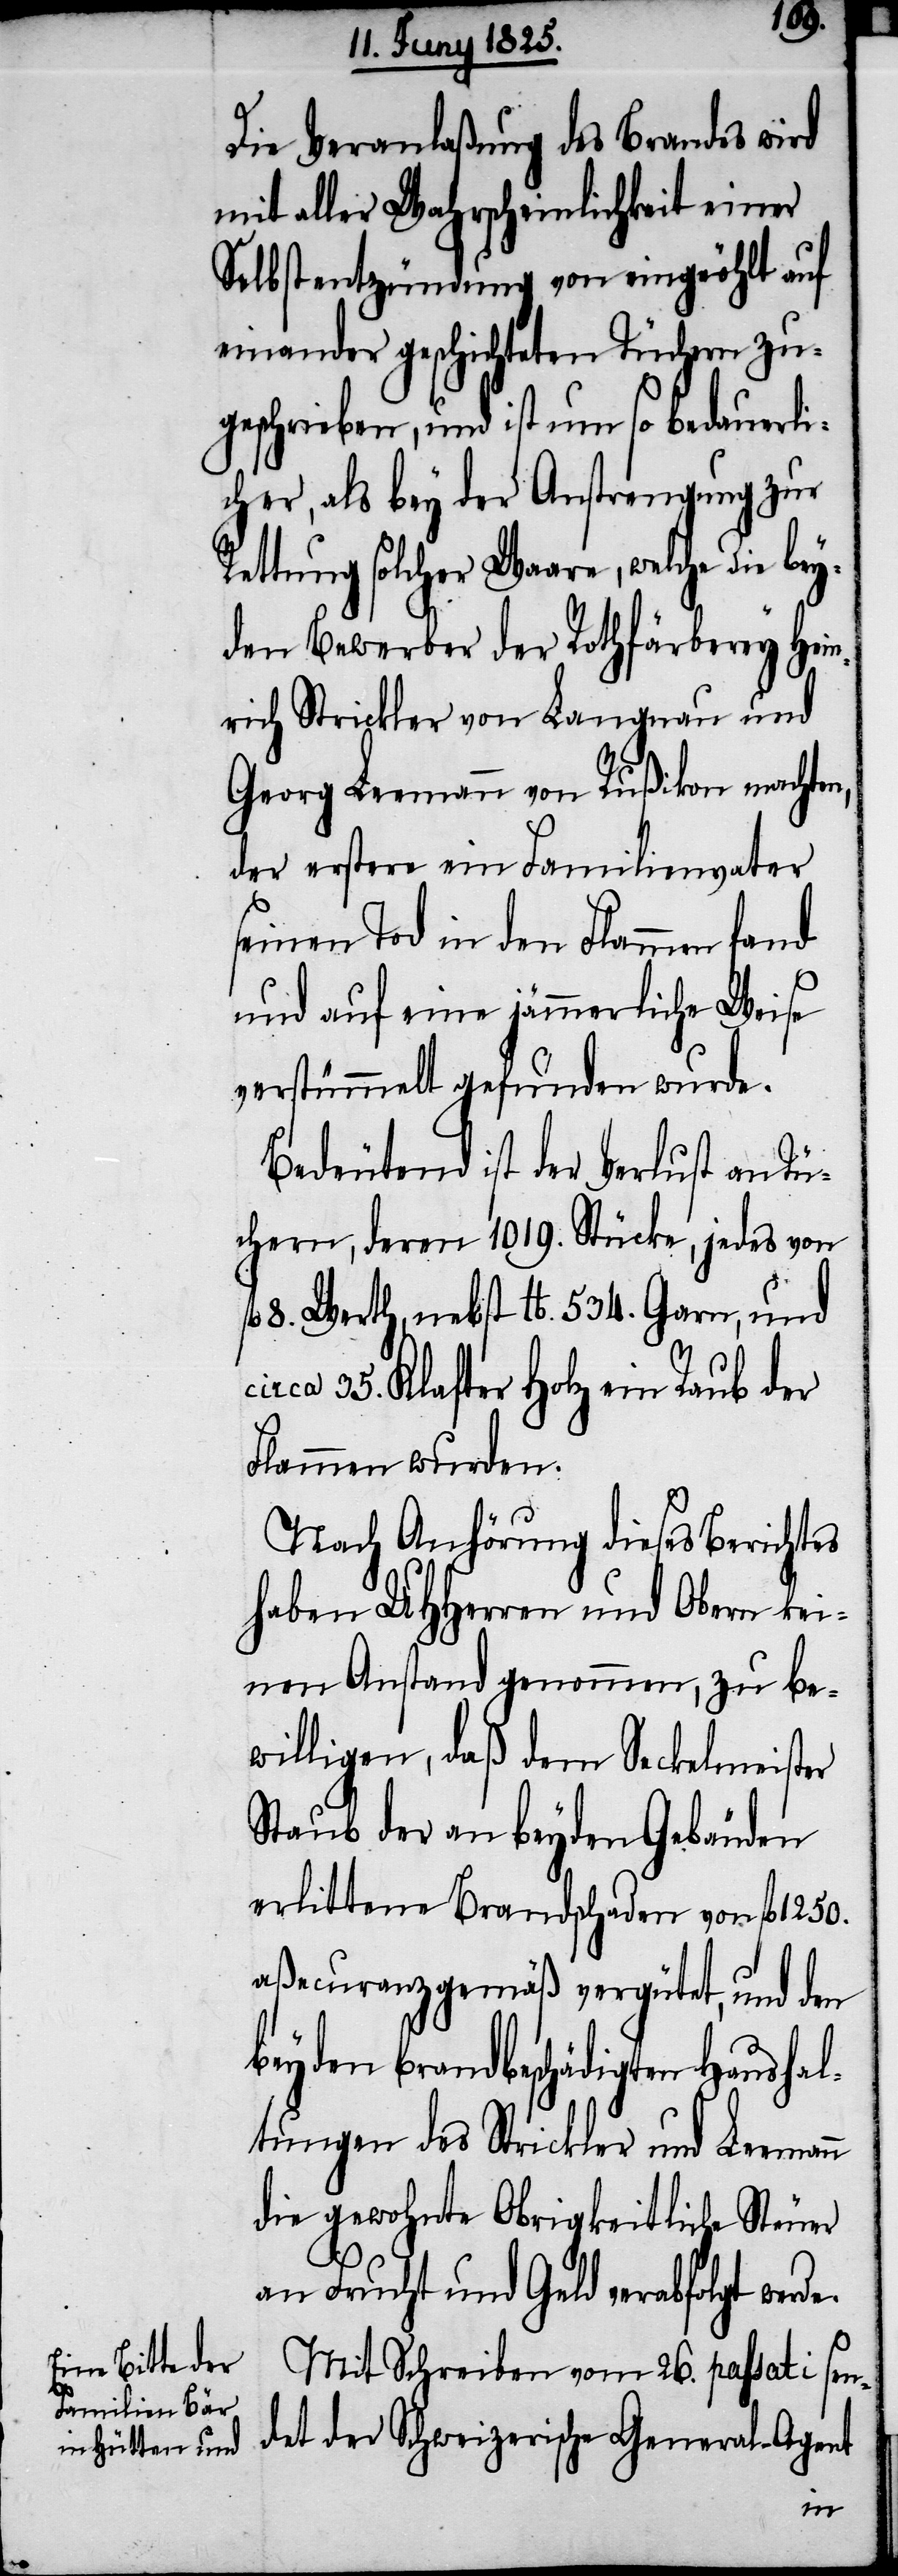
1/4.
Die Veranlaßung des Brandes wird
mit aller Wahrscheinlichkeit einer
Selbstentzündung von eingeöhlt auf
einander geschichteten Tüchern zu¬
geschrieben, und ist um so bedauerli¬
cher, als bey der Anstrengung zur
Rettung solcher Waare, welche die be¬
yden Bewerber der Rothfärberey Hei¬
nrich Strickler von Langnau und
Georg Leemann von Rußikon machte¬
der erstere ein Familienvater
seinen Tod in den Flammen fand
und auf eine jämmerliche Weise
verstümmelt gefunden wurde.
Bedeutend ist der Verlust an Tü¬
chern, deren 1019. Stücke, jedes von
8. Werth, nebst lb. 534. Garn, und
circa 35. Klafter Holz ein Raub der
Flammen wurden.
Nach Anhörung dieses Berichtes
haben UHHerren und Obern kei¬
nen Anstand genommen, zu be¬
willigen, daß dem Seckelmeister
Staub der an beyden Gebäuden
erlittene Brandschaden von fl 1250.
aßecuranzgemäß vergütet, und den
beyden Brandbeschädigten Haushal¬
tungen des Strickler und Leemann
die gewohnte Obrigkeitliche Steuer
an Frucht und Geld verabfolgt werde.
Mit Schreiben vom 26. passati sen¬
det der Schweizerische General-Agent
n,